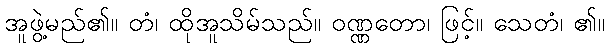
အူဖွဲ့မည်၏။ တံ၊ ထိုအူသိမ်သည်။ ဝဏ္ဏတော၊ ဖြင့်။ သေတံ၊ ၏။